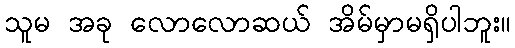
သူမ အခု လောလောဆယ် အိမ်မှာမရှိပါဘူး။